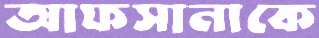
আফসানাকে